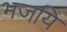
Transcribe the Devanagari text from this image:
भजयि